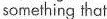
scmething that